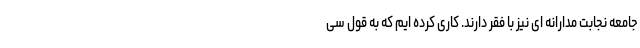
جامعه نجابت مدارانه ای نیز با فقر دارند. کاری کرده ایم که به قول سی